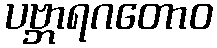
ပဗ္ဘာရဂတောဝ